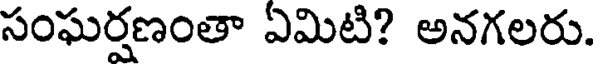
సంఘర్షణంతా ఏమిటి? అనగలరు.